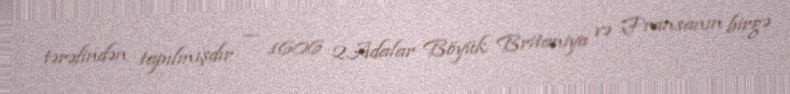
tərəfindən tapılmışdır — 1606 2.Adalar Böyük Britaniya və Fransanın birgə